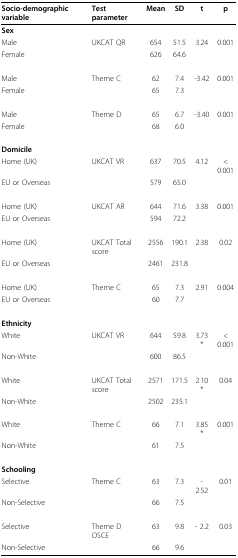
| Socio-demographic variable | Test parameter | Mean | SD | t | p |
 | --- | --- | --- | --- | --- | --- |
 | Sex |  |  |  |  |  |
 | Male | UKCAT QR | 654 | 51.5 | 3.24 | 0.001 |
 | Female |  | 626 | 64.6 |  |  |
 | Male | Theme C | 62 | 7.4 | -3.42 | 0.001 |
 | Female |  | 65 | 7.3 |  |  |
 | Male | Theme D | 65 | 6.7 | -3.40 | 0.001 |
 | Female |  | 68 | 6.0 |  |  |
 | Domicile |  |  |  |  |  |
 | Home (UK) | UKCAT VR | 637 | 70.5 | 4.12 | < 0.001 |
 | EU or Overseas |  | 579 | 65.0 |  |  |
 | Home (UK) | UKCAT AR | 644 | 71.6 | 3.38 | 0.001 |
 | EU or Overseas |  | 594 | 72.2 |  |  |
 | Home (UK) | UKCAT Total score | 2556 | 190.1 | 2.38 | 0.02 |
 | EU or Overseas |  | 2461 | 231.8 |  |  |
 | Home (UK) | Theme C | 65 | 7.3 | 2.91 | 0.004 |
 | EU or Overseas |  | 60 | 7.7 |  |  |
 | Ethnicity |  |  |  |  |  |
 | White | UKCAT VR | 644 | 59.8 | 3.73 * | < 0.001 |
 | Non-White |  | 600 | 86.5 |  |  |
 | White | UKCAT Total score | 2571 | 171.5 | 2.10 * | 0.04 |
 | Non-White |  | 2502 | 235.1 |  |  |
 | White | Theme C | 66 | 7.1 | 3.85 * | 0.001 |
 | Non-White |  | 61 | 7.5 |  |  |
 | Schooling |  |  |  |  |  |
 | Selective | Theme C | 63 | 7.3 | - 2.52 | 0.01 |
 | Non-Selective |  | 66 | 7.5 |  |  |
 | Selective | Theme D OSCE | 63 | 9.8 | - 2.2 | 0.03 |
 | Non-Selective |  | 66 | 9.6 |  |  |